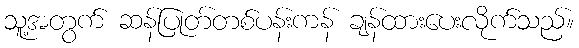
သူ့အတွက် ဆန်ပြုတ်တစ်ပန်းကန် ချန်ထားပေးလိုက်သည်။